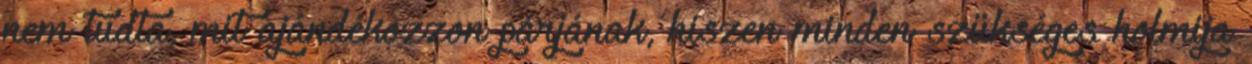
nem tudta, mit ajándékozzon párjának, hiszen minden szükséges holmija